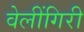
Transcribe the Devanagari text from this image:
वेलींगिरी